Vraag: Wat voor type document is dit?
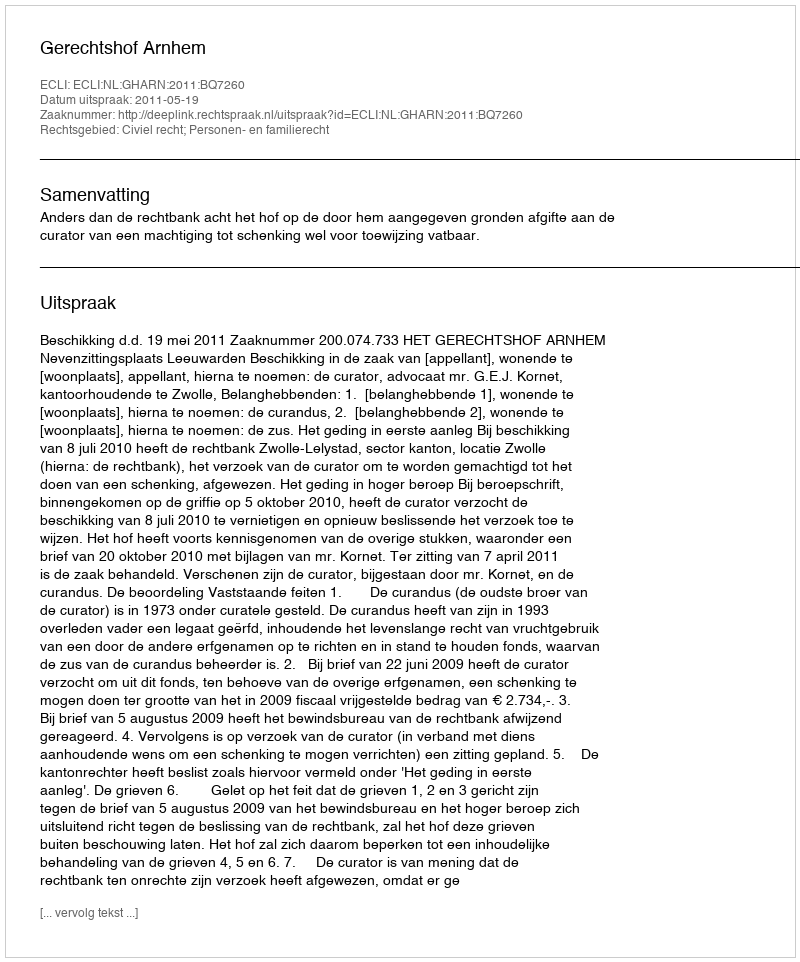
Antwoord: Uitspraak